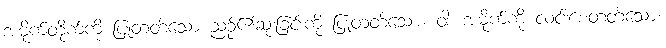
အမိုက်တိုက်ကို ပြုတတ်သော ညဉ့်၏ဆုံးခြင်းကို ပြုတတ်သော။ ဝါ၊ အမိုက်ကို လင်းစေတတ်သော။